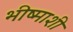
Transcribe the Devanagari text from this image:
भीष्माशी